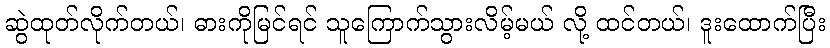
ဆွဲထုတ်လိုက်တယ်၊ ဓားကိုမြင်ရင် သူကြောက်သွားလိမ့်မယ် လို့ ထင်တယ်၊ ဒူးထောက်ပြီး